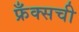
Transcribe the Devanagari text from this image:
फ्रँक्सची